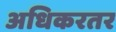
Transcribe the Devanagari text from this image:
अधिकरतर